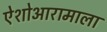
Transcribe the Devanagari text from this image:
ऐशोआरामाला